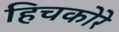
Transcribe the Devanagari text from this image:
हिचकोरे